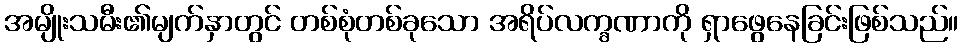
အမျိုးသမီး၏မျက်နှာတွင် တစ်စုံတစ်ခုသော အရိပ်လက္ခဏာကို ရှာဖွေနေခြင်းဖြစ်သည်။